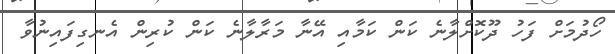
ހޯދުމަށް ފަހު ދޫކޮށްލާނެ ކަން ކަމާއި އޭނާ މަރާލާނެ ކަން ކުރިން އެނގިފައިނުވާ